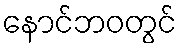
နောင်ဘဝတွင်